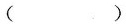
( )